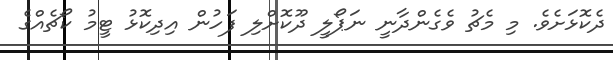
ދެކޮޅަށެވެ. މި މެޗު ވެގެންދާނީ ނަޕޯލީ ދޫކޮށްލި ފަހުން އިދިކޮޅު ޓީމު ކޯޗެއްގެ